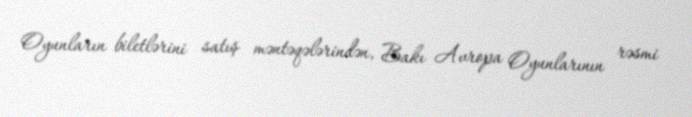
Oyunların biletlərini satış məntəqələrindən, Bakı Avropa Oyunlarının rəsmi